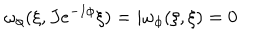
\omega _ { \phi } ( \xi , J e ^ { - I \phi } \xi ) = i \omega _ { \phi } ( \xi , \xi ) = 0